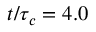
t / \tau _ { c } = 4 . 0